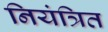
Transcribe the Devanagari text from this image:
नियंत्रित